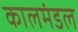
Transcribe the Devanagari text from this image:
कालमंडल